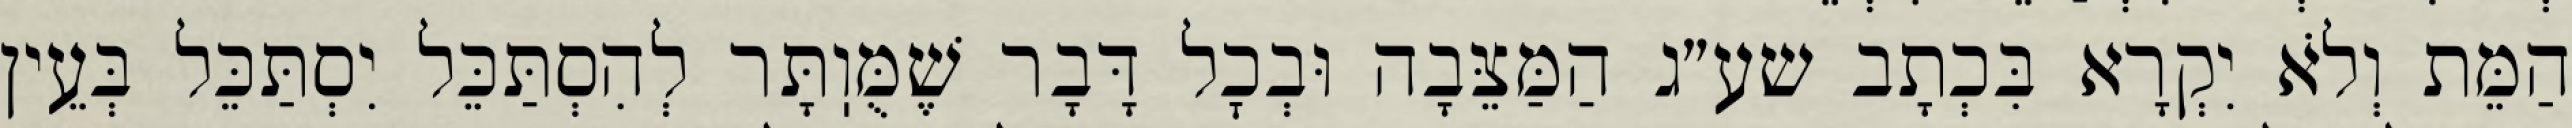
הַמֵּת וְלֹא יִקְרָא בִּכְתָב שע״ג הַמַּצֵּבָה וּבְכׇל דָּבָר שֶׁמֻּוֽתָּר לְהִסְתַּכֵּל יִסְתַּכֵּל בְּעֵין